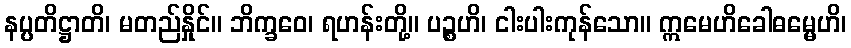
နပ္ပတိဋ္ဌာတိ၊ မတည်နှိုင်။ ဘိက္ခဝေ၊ ရဟန်းတို့။ ပဉ္စဟိ၊ ငါးပါးကုန်သော။ ဣမေဟိခေါဓမ္မေဟိ၊